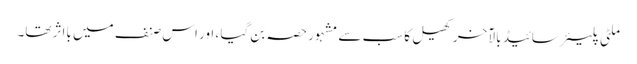
ملٹی پلیئر سائیڈ بالآخر کھیل کا سب سے مشہور حصہ بن گیا ، اور اس صنف میں بااثر تھا۔